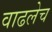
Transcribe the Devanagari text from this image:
वाढलेच